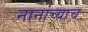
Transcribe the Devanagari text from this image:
नानांच्याच